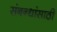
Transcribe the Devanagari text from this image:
संबन्धांसाठी